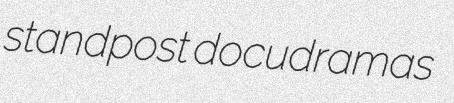
standpost docudramas